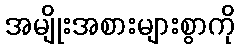
အမျိုးအစားများစွာကို